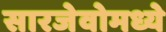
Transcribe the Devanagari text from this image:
सारजेवोमध्ये